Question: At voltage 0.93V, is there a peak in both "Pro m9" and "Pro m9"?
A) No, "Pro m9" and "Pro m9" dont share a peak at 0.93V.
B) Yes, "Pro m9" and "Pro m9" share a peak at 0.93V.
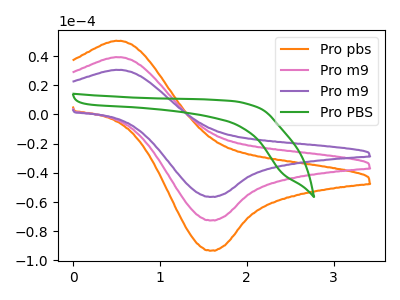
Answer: <think>The orange curve "Pro pbs" has an anodic peak at (0.55V, 78.25uA) and a cathodic peak at (1.60V, -145.05uA). The pink curve "Pro m9" has an anodic peak at (0.55V, 39.15uA) and a cathodic peak at (1.60V, -72.50uA). The purple curve "Pro m9" has an anodic peak at (0.55V, 30.45uA) and a cathodic peak at (1.60V, -56.40uA). The green curve "Pro PBS" has no peaks.</think>
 <answer>A) No, "Pro m9" and "Pro m9" dont share a peak at 0.93V.</answer>
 <eval>A</eval>